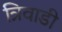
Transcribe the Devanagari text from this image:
त्रिवाडी